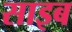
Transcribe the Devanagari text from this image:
साइब